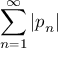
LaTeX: \sum _ { n = 1 } ^ { \infty } | p _ { n } |